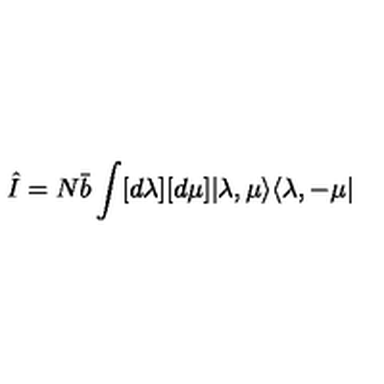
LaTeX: \hat { I } = N \bar { b } \int [ d \lambda ] [ d \mu ] | \lambda , \mu \rangle \langle \lambda , - \mu |